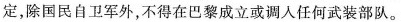
定，除国民自卫军外，不得在巴黎成立或调人任何武装部队。